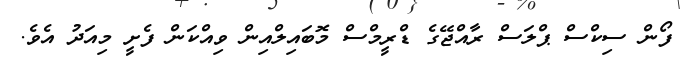
ފޯން ސިކްސް ޕްލަސް ރާއްޖޭގެ ޑްރީމްސް މޮބައިލްއިން ވިއްކަން ފެށީ މިއަދު އެވެ.